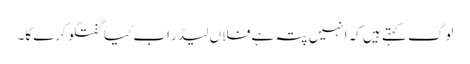
لوگ کہتے ہیں کہ انہیں پتہ ہے فلاں لیڈر اب کیا گفتگو کرے گا۔